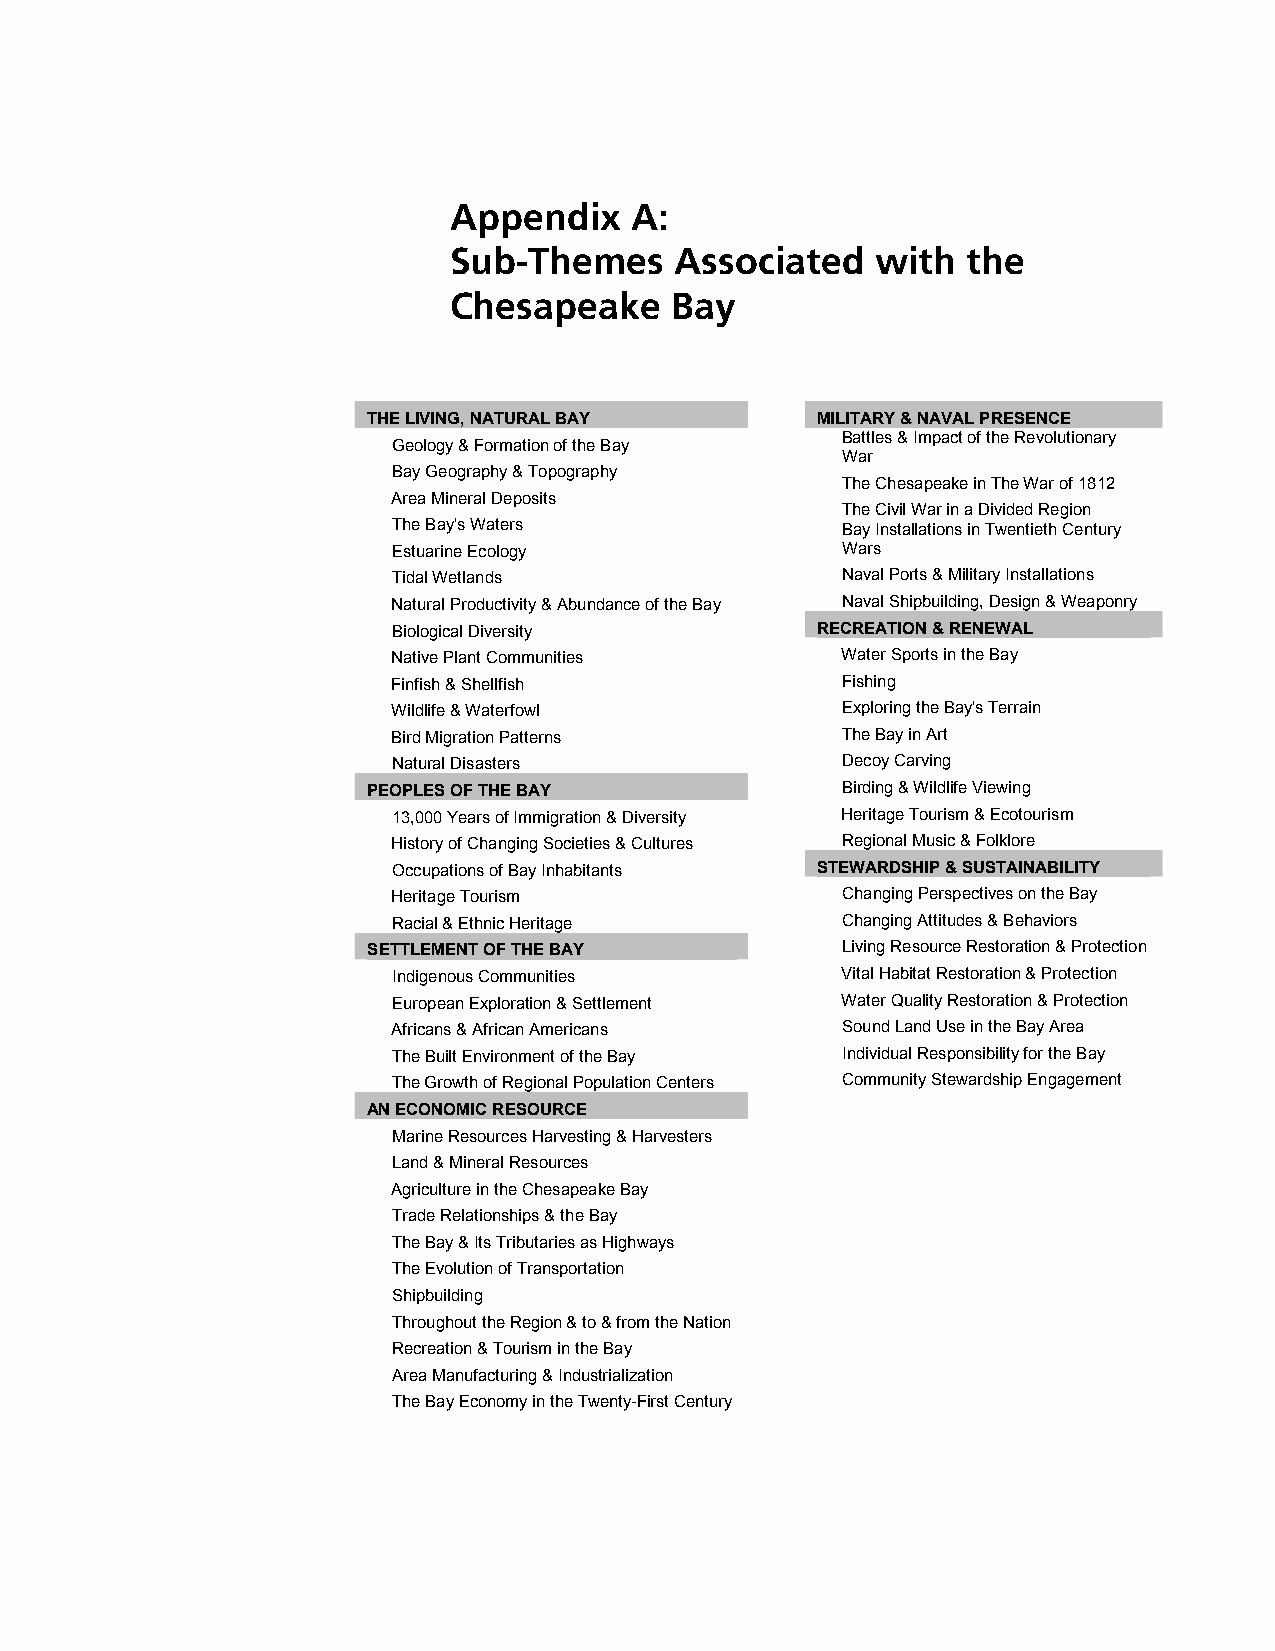
Appendix    A:
 Sub-Themes     Associated   with  the
 Chesapeake    Bay
 THE LIVING, NATURAL BAY       MILITARY & NAVAL PRESENCE
 Battles & Impact of the Revolutionary
 Geology & Formation of the Bay
 War
 Bay Geography & Topography
 The Chesapeake in The War of 1812
 Area Mineral Deposits
 The Civil War in a Divided Region
 The Bay's Waters              Bay Installations in Twentieth Century
 Estuarine Ecology             Wars
 Tidal Wetlands                Naval Ports & Military Installations
 Natural Productivity & Abundance of the Bay Naval Shipbuilding, Design & Weaponry
 Biological Diversity        RECREATION & RENEWAL
 Native Plant Communities      Water Sports in the Bay
 Finfish & Shellfish           Fishing
 Wildlife & Waterfowl          Exploring the Bay's Terrain
 Bird Migration Patterns       The Bay in Art
 Natural Disasters             Decoy Carving
 PEOPLES OF THE BAY              Birding & Wildlife Viewing
 13,000 Years of Immigration & Diversity Heritage Tourism & Ecotourism
 History of Changing Societies & Cultures Regional Music & Folklore
 Occupations of Bay Inhabitants STEWARDSHIP & SUSTAINABILITY
 Heritage Tourism              Changing Perspectives on the Bay
 Racial & Ethnic Heritage      Changing Attitudes & Behaviors
 SETTLEMENT OF THE BAY           Living Resource Restoration & Protection
 Indigenous Communities        Vital Habitat Restoration & Protection
 European Exploration & Settlement Water Quality Restoration & Protection
 Africans & African Americans  Sound Land Use in the Bay Area
 The Built Environment of the Bay Individual Responsibility for the Bay
 The Growth of Regional Population Centers Community Stewardship Engagement
 AN ECONOMIC RESOURCE
 Marine Resources Harvesting & Harvesters
 Land & Mineral Resources
 Agriculture in the Chesapeake Bay
 Trade Relationships & the Bay
 The Bay & Its Tributaries as Highways
 The Evolution of Transportation
 Shipbuilding
 Throughout the Region & to & from the Nation
 Recreation & Tourism in the Bay
 Area Manufacturing & Industrialization
 The Bay Economy in the Twenty-First Century